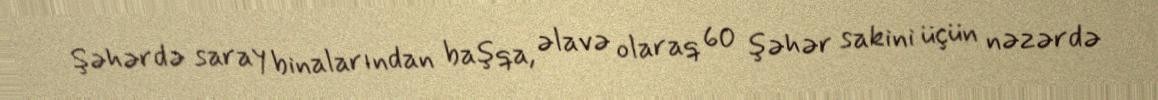
Şəhərdə saray binalarından başqa, əlavə olaraq 60 şəhər sakini üçün nəzərdə